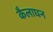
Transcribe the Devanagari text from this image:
कैलाघन